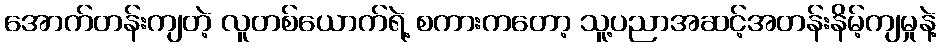
အောက်တန်းကျတဲ့ လူတစ်ယောက်ရဲ့ စကားကတော့ သူ့ပညာအဆင့်အတန်းနိမ့်ကျမှုနဲ့